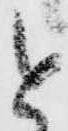
と